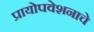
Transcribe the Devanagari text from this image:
प्रायोपवेशनाचे